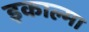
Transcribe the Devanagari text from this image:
इकाल्मा